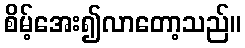
စိမ့်အေး၍လာတော့သည်။